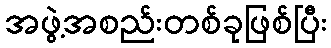
အဖွဲ့အစည်းတစ်ခုဖြစ်ပြီး